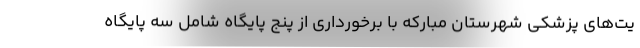
یت‌های پزشکی شهرستان مبارکه با برخورداری از پنج پایگاه شامل سه پایگاه